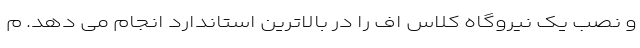
و نصب یک نیروگاه کلاس اف را در بالاترین استاندارد انجام می دهد. م